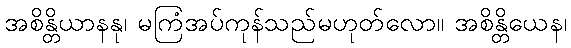
အစိန္တိယာနနု၊ မကြံအပ်ကုန်သည်မဟုတ်လော။ အစိန္တိယေန၊